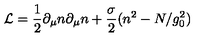
{ \cal L } = \frac { 1 } { 2 } \partial _ { \mu } n \partial _ { \mu } n + \frac { \sigma } { 2 } ( n ^ { 2 } - N / g _ { 0 } ^ { 2 } )